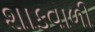
શાકવાળી